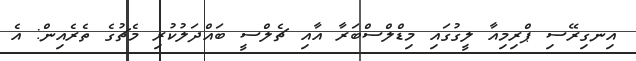
އިނގިރޭސި ޕްރިމިއާ ލީގުގައި މިޑްލްސްބަރާ އާއި ޗެލްސީ ބައްދަލުކުރި މެޗުގެ ތެރެއިން: އެ